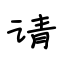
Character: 请